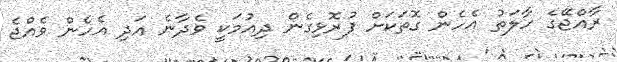
ރާއްޖޭގެ ހާލަތު އެހެން ގޮތަކަށް ފުރޮޅިގެން ދިއުމަކީ ވެދާނެ އަދި އެހެން ވެއްޖެ